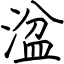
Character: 湓